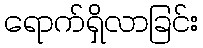
ရောက်ရှိလာခြင်း